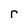
Character: r